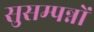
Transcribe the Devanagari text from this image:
सुसम्पन्नों